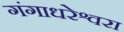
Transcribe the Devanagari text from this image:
गंगाधरेश्वरा